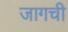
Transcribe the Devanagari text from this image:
जागची